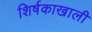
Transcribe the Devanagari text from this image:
शिर्षकाखाली